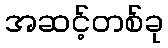
အဆင့်တစ်ခု